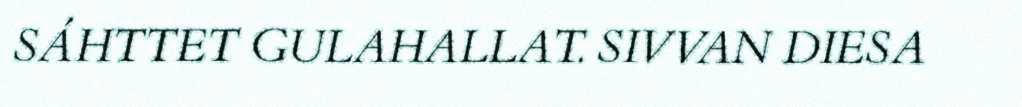
SÁHTTET GULAHALLAT. SIVVAN DIESA